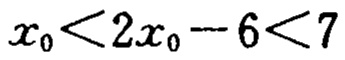
\(x_{0}<2x_{0}-6<7\)